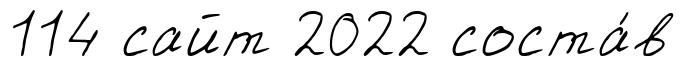
114 сайт 2022 соста́в